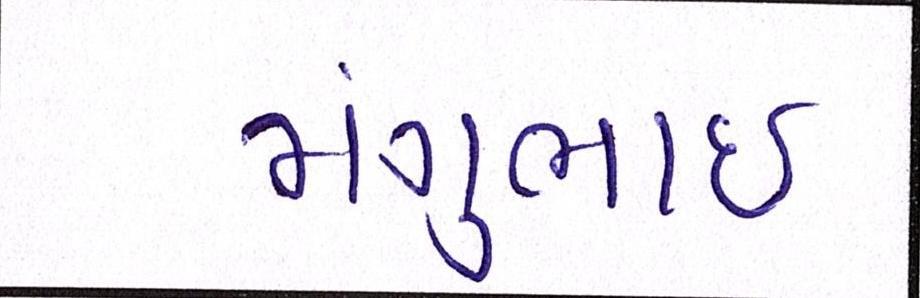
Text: મંગુભાઇ